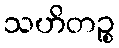
သဟိတဉ္စ